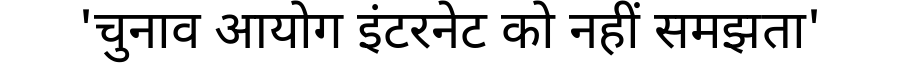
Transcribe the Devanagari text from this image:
'चुनाव आयोग इंटरनेट को नहीं समझता'